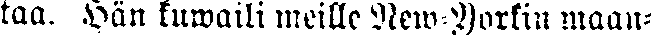
taa. Hän kuwaili meille New Yorkin maan-